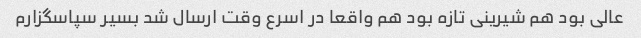
عالی بود هم شیرینی تازه بود هم واقعا در اسرع وقت ارسال شد بسیر سپاسگزارم